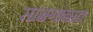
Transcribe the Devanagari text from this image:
सामगानात